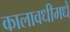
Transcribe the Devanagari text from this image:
कालावधीमधे